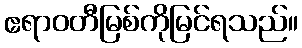
ဧရာဝတီမြစ်ကိုမြင်ရသည်။